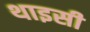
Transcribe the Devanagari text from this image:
थाइसी